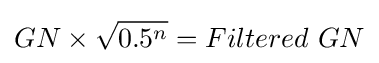
GN\times {\sqrt {0.5^{n}}}=Filtered\ GN